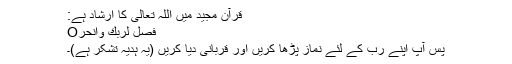
قرآنِ مجید میں اللہ تعالیٰ کا ارشاد ہے:
فَصَلِّ لِرَبِّكَ وَانْحَرْO
پس آپ اپنے رب کے لئے نماز پڑھا کریں اور قربانی دیا کریں (یہ ہدیہ تشکرّ ہے)۔